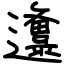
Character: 邍